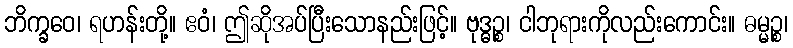
ဘိက္ခဝေ၊ ရဟန်းတို့။ ဧဝံ၊ ဤဆိုအပ်ပြီးသောနည်းဖြင့်။ ဗုဒ္ဓဉ္စ၊ ငါဘုရားကိုလည်းကောင်း။ ဓမ္မဉ္စ၊